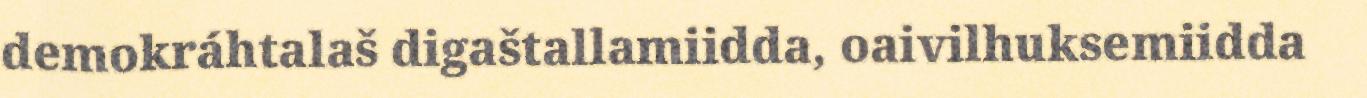
demokráhtalaš digaštallamiidda, oaivilhuksemiidda